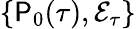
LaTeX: \{ \mathsf{P}_{0}(\tau),\mathcal{{E}}_{\tau}\}